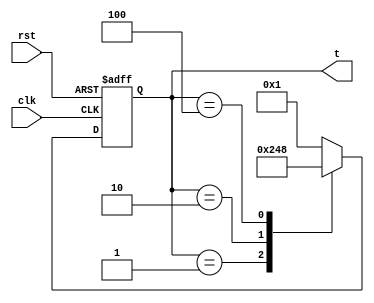
`timescale 1ns / 1ps
//////////////////////////////////////////////////////////////////////////////////
// Company: 
// Engineer: 
// 
// Design Name: 
// Module Name:    four_beat_generator 
// Project Name: 
// Target Devices: 
// Tool versions: 
// Description: 
//
// Dependencies: 
//
// Revision: 
// Revision 0.01 - File Created
// Additional Comments: 
//
//////////////////////////////////////////////////////////////////////////////////
module four_beat_generator(clk,rst,t
    );
input clk,rst;
output [3:0] t;
reg [3:0] t;

always @(posedge clk or posedge rst)
begin
	if(rst) t<=4'b0000;
	else case (t)
	4'b0001: t<=4'b0010;
	4'b0010: t<=4'b0100;
	4'b0100: t<=4'b1000;
	default:  t<=5'b0001;
	endcase
end


endmodule